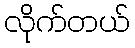
လိုက်တယ်